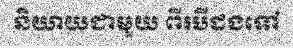
និយាយជាមួយ ពីរបីដងទៅ